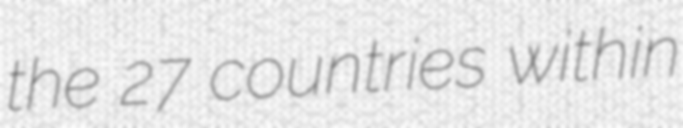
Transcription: the 27 countries within